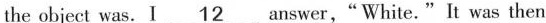
the object was.I \underline{12} answer,"White."It was then